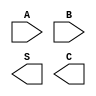
module HA (
  input A, B,
  output S, C
);


endmodule